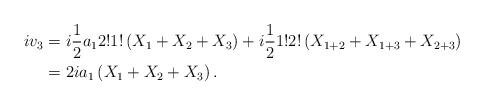
LaTeX: \begin{align*}iv_3 &= i \frac 12 a_1 2! 1!\left( X_1+X_2 + X_3 \right) + i \frac 12 1! 2! \left( X_{1+2} + X_{1+3}+ X_{2+3} \right) \\&= 2ia_1 \left( X_1 + X_2 + X_3 \right) . \end{align*}